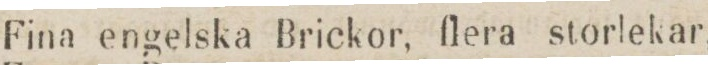
Fina engelska Brickor, flera storlekar,